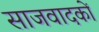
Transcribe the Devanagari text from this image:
साजवादकों